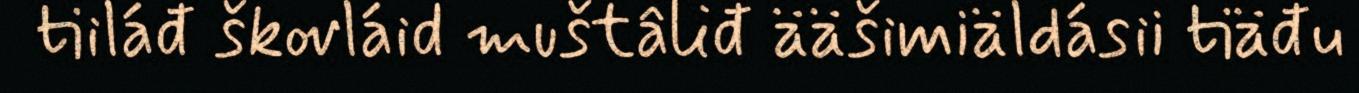
tiiláđ škovláid muštâliđ ääšimiäldásii tiäđu